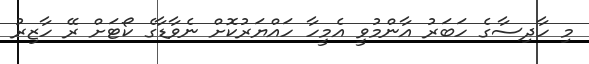
މި ހާދިސާގެ ހަބަރު އާންމުވީ އެމީހާ ހައްޔަރުކޮށް ނެވާޑާގެ ކޯޓަށް ރޭ ހާޒިރު